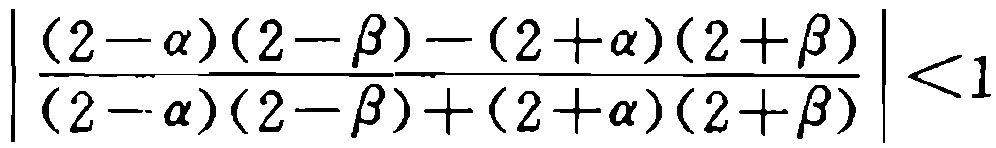
$\left|\frac{(2 - \alpha)(2 - \beta) - (2 + \alpha)(2 + \beta)}{(2 - \alpha)(2 - \beta) + (2 + \alpha)(2 + \beta)}\right| < 1$